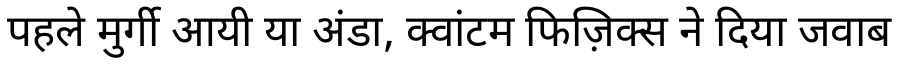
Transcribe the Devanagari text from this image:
पहले मुर्गी आयी या अंडा, क्वांटम फिज़िक्स ने दिया जवाब